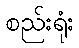
စည်းရုံး